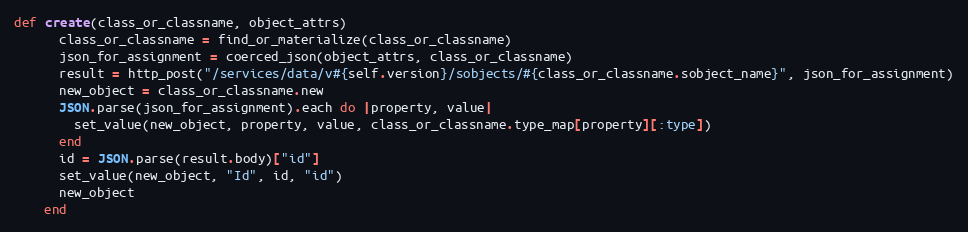
Language: Ruby
def create(class_or_classname, object_attrs)
      class_or_classname = find_or_materialize(class_or_classname)
      json_for_assignment = coerced_json(object_attrs, class_or_classname)
      result = http_post("/services/data/v#{self.version}/sobjects/#{class_or_classname.sobject_name}", json_for_assignment)
      new_object = class_or_classname.new
      JSON.parse(json_for_assignment).each do |property, value|
        set_value(new_object, property, value, class_or_classname.type_map[property][:type])
      end
      id = JSON.parse(result.body)["id"]
      set_value(new_object, "Id", id, "id")
      new_object
    end